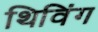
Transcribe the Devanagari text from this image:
थिविंग